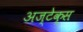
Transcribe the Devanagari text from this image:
अज्टेक्स